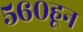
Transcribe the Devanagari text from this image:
५६०हून